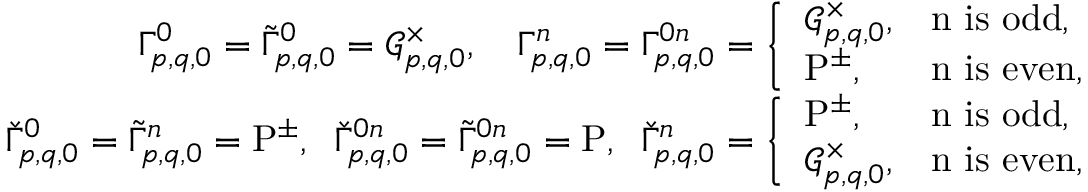
\begin{array} { r l r } { \! \! \! \! \! \! \! \! \! \! \! \! \! \! \! \! \! \! \! \! \! \! } & { } & { { \Gamma } _ { p , q , 0 } ^ { 0 } = \tilde { \Gamma } _ { p , q , 0 } ^ { 0 } = \mathcal { G } _ { p , q , 0 } ^ { \times } , \quad { \Gamma } _ { p , q , 0 } ^ { n } = { \Gamma } _ { p , q , 0 } ^ { 0 n } = \left\lbrace \begin{array} { l l l } { \mathcal { G } _ { p , q , 0 } ^ { \times } , \! \! \! \! \! \! \! \! } & & { \mathrm { ~ n ~ i s ~ o d d } , } \\ { \mathrm { P } ^ { \pm } , \! \! \! \! \! \! \! \! } & & { \mathrm { ~ n ~ i s ~ e v e n } , } \end{array} \right. } \\ { \! \! \! \! \! \! \! \! \! \! \! \! \! \! \! \! \! \! \! \! \! \! } & { } & { \check { \Gamma } _ { p , q , 0 } ^ { 0 } = \tilde { \Gamma } _ { p , q , 0 } ^ { n } = \mathrm { P } ^ { \pm } , \; \; \check { \Gamma } _ { p , q , 0 } ^ { 0 n } = \tilde { \Gamma } _ { p , q , 0 } ^ { 0 n } = \mathrm { P } , \; \; \check { \Gamma } _ { p , q , 0 } ^ { n } = \left\lbrace \begin{array} { l l l } { \mathrm { P } ^ { \pm } , \! \! \! \! \! \! \! \! } & & { \mathrm { ~ n ~ i s ~ o d d } , } \\ { \mathcal { G } _ { p , q , 0 } ^ { \times } , \! \! \! \! \! \! \! \! } & & { \mathrm { ~ n ~ i s ~ e v e n } , } \end{array} \right. } \end{array}